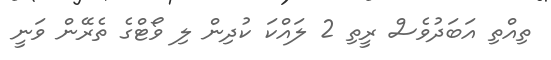
ތިއްތި އަބަދުވެސް ރީތި 2 ލައްކަ ކުދިން ލި ވޯޓްގެ ތެރޭން ވަނީ